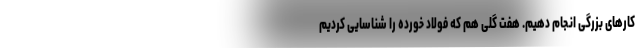
کارهای بزرگی انجام دهیم. هفت گلی هم که فولاد خورده را شناسایی کردیم